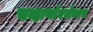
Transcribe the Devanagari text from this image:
चव्हाणांबरोबरच